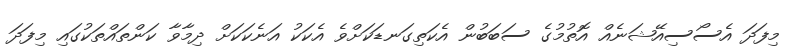
މިފަދަ އެސޯސިއޭޝަނެއް އޮތުމުގެ ސަބަބުން އެކަތިގަނޑަކަށްވެ އެކަކު އަނެކަކަށް ދިމާވާ ކަންތައްތަކުގައި މިފަދަ